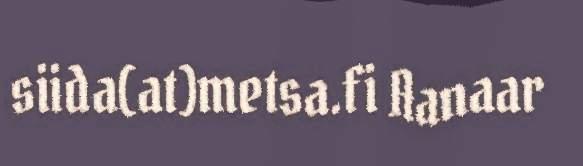
siida(at)metsa.fi Aanaar